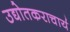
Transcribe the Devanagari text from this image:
उद्योतकराचार्य